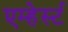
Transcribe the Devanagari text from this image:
एम्हेर्स्ट